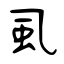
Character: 虱